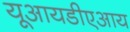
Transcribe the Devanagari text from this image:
यूआयडीएआय